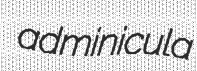
adminicula